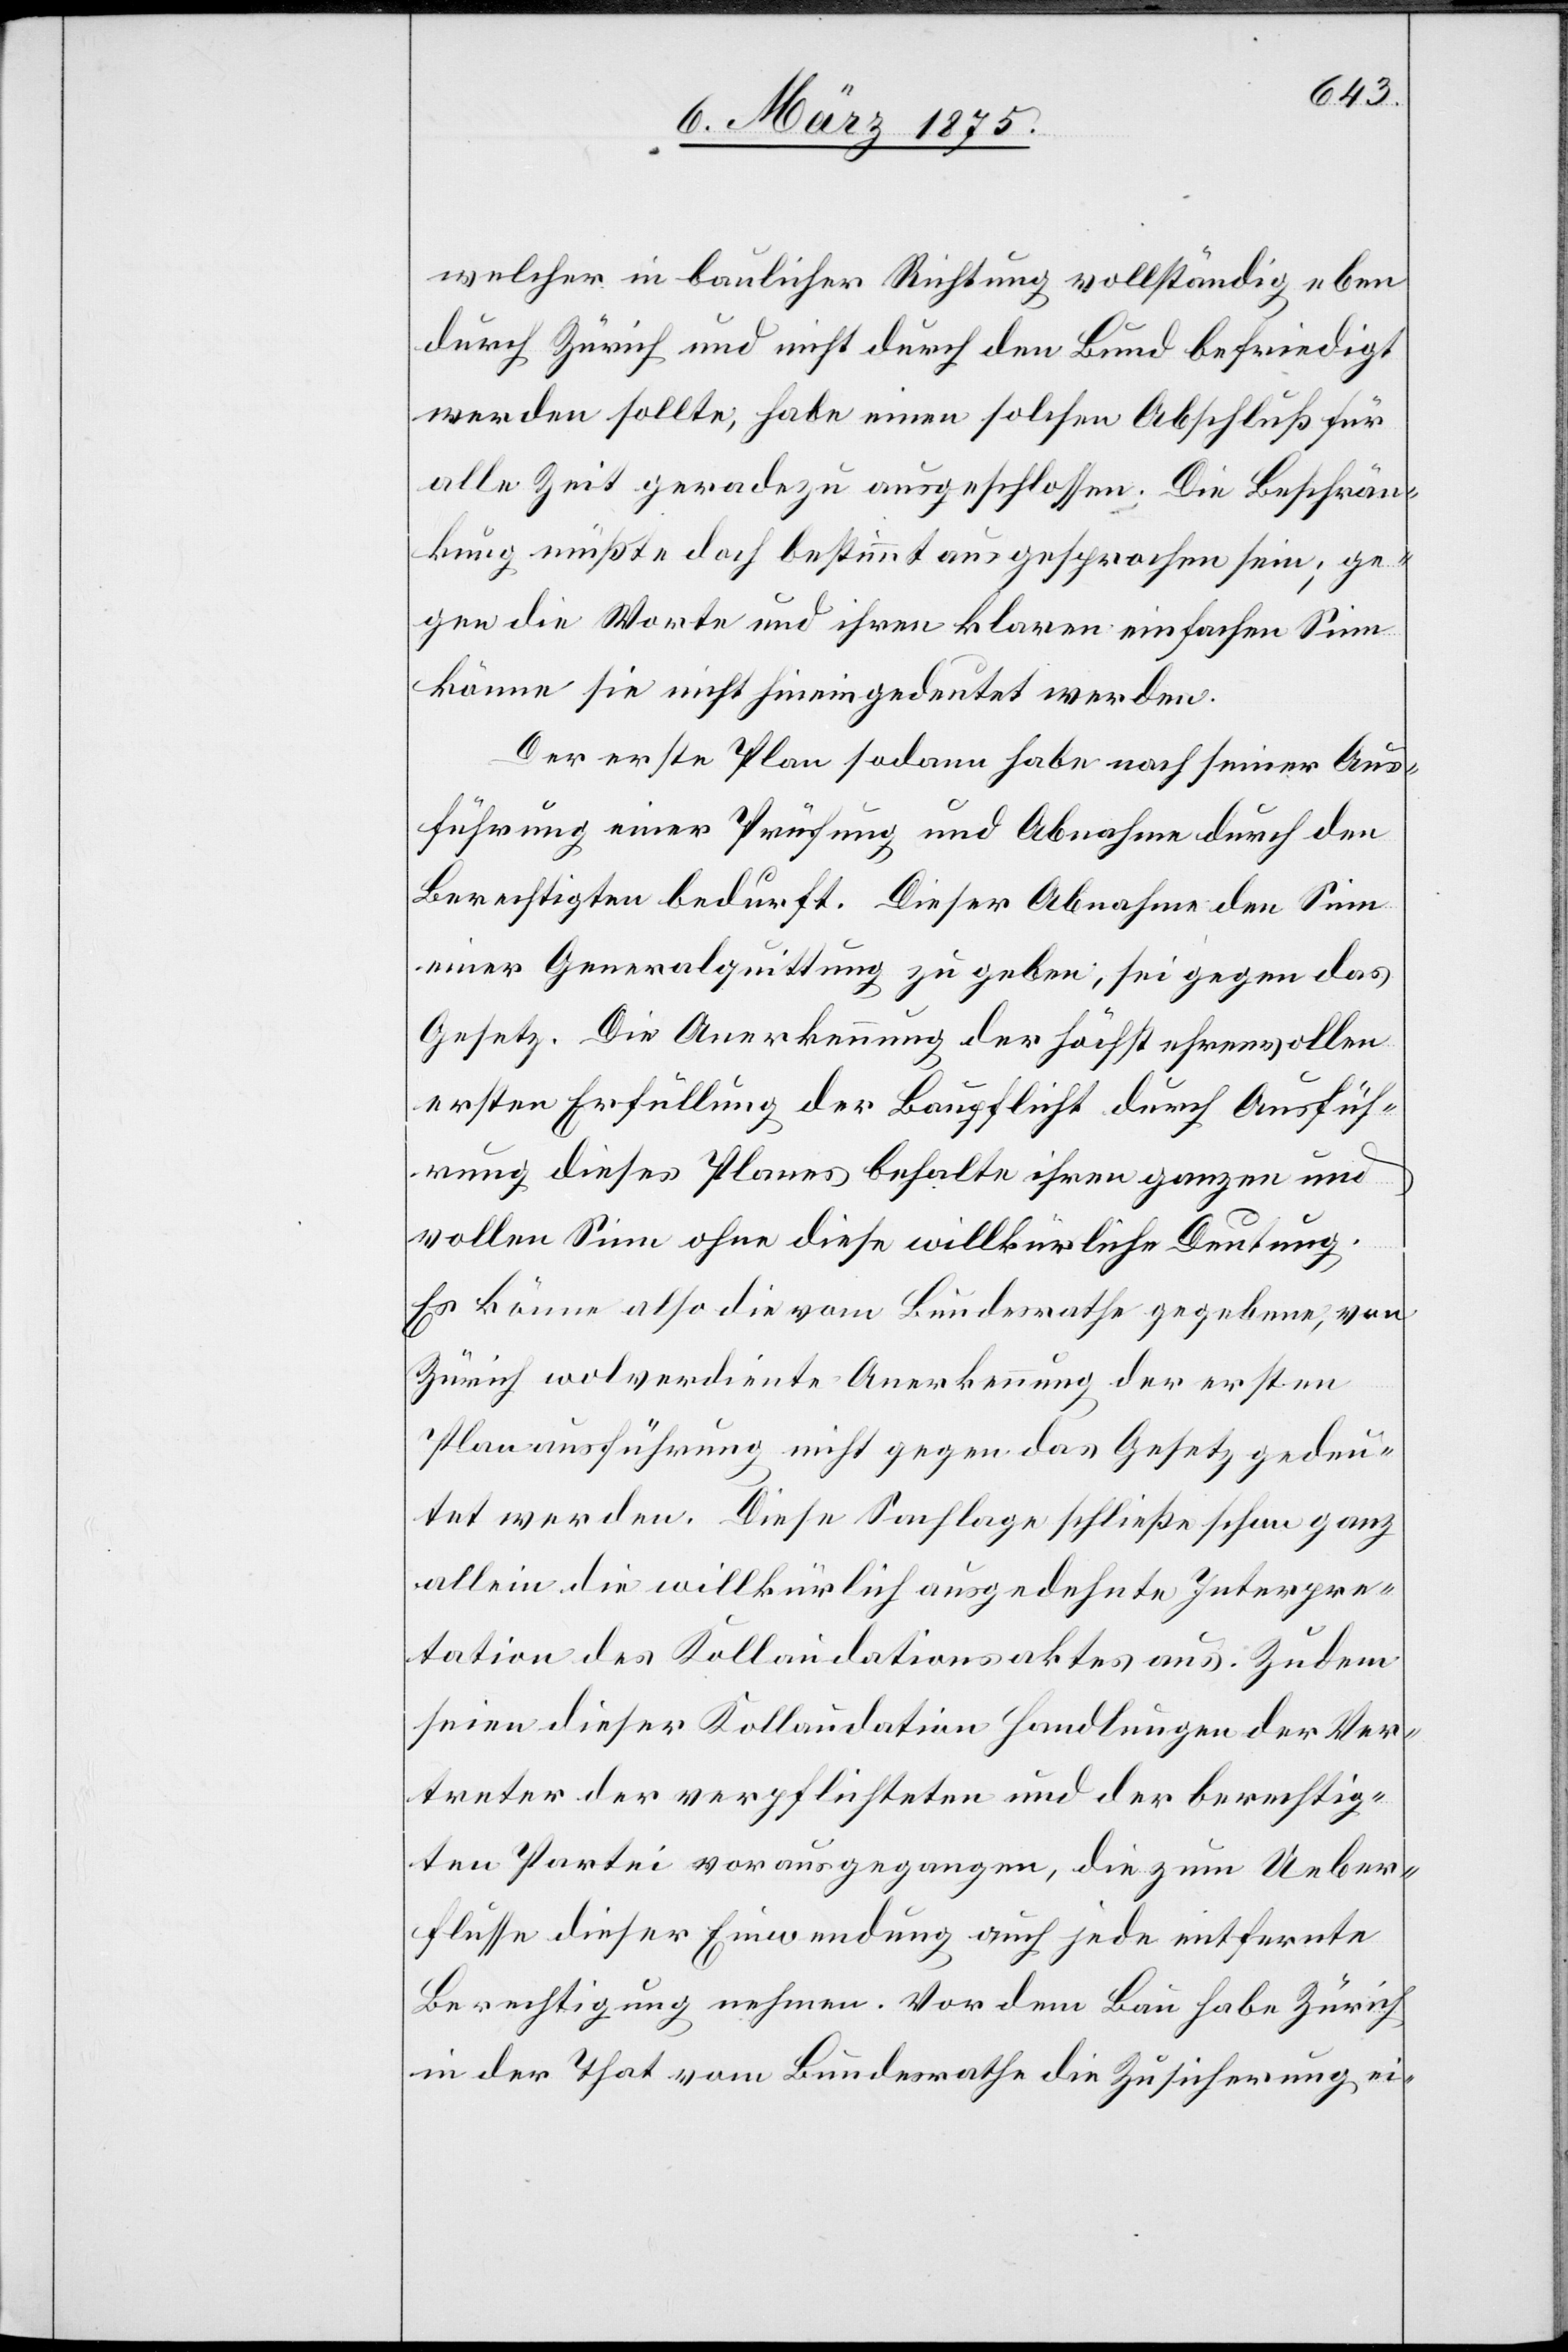
welcher in baulicher Richtung vollständig eben
durch Zürich und nicht durch den Bund befriedigt
werden sollte, habe einen solche Abschluß für
alle Zeit geradezu ausgeschlossen. Die Beschrän¬
kung müßte doch bestimmt ausgesprochen sein; ge¬
gen die Worte und ihren klaren einfachen Sinn
könne sie nicht hinein gedeutet werden.
Der erste Plan sodann habe nach seiner Aus¬
führung einer Prüfung und Abnahme durch den
Berechtigten bedurft. Dieser Abnahme den Sinn
einer Generalquittung zu geben, sei gegen das
Gesetz. Die Anerkennung der höchst ehrenvollen
ersten Erfüllung der Baupflicht durch Ausfüh¬
rung dieses Planes behalte ihren ganzen und
vollen Sinn ohne diese willkürliche Deutung.
Er könne also die vom Bundesrathe gegebene, von
Zürich wolverdient Anerkennung der ersten
Planausführung nicht gegen das Gesetz gedeu¬
tet werden. Diese Sachlage schließe schon ganz
allein die willkürliche ausgedehnte Interpre¬
tation des Kollaudationsaktes aus. Zudem
seien dieser Kollaudation Handlungen der Ver¬
treter der verpflichteten und der berechtig¬
ten Partei vorangegangen, die zum Ueber¬
flusse dieser Einwendung auch jede entfernte
Berechtigung nehmen. Vor dem Bau habe Zürich
in der That vom Bundesrathe die Zusicherung ei-